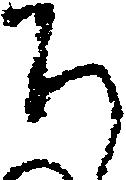
ち